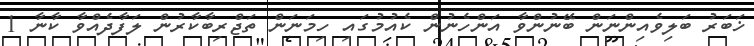
ޚަބަރު ބަލިވެއިންނަން ބޭނުންވާ އަންހެނުން ކެއުމުގައި ހިމަނަން ތަޖްރިބާކާރުން ލަފާދެއްވާ ކާނާ 1